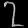
Digit: ၇